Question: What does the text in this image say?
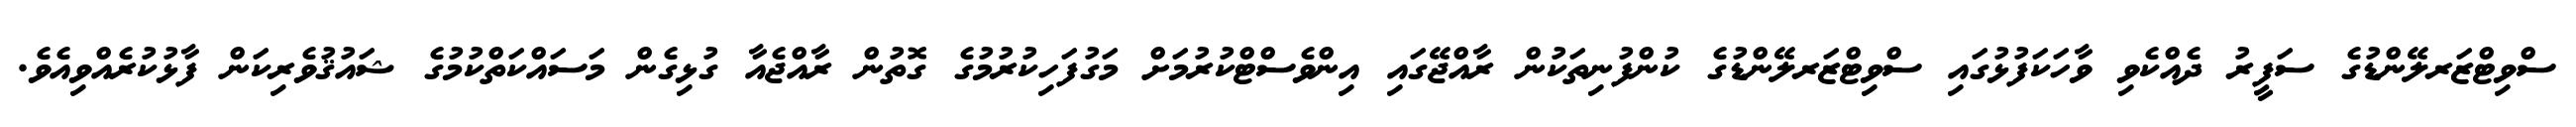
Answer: ސްވިޓްޒަރލޭންޑުގެ ސަފީރު ދެއްކެވި ވާހަކަފުޅުގައި ސްވިޓްޒަރލޭންޑުގެ ކުންފުނިތަކުން ރާއްޖޭގައި އިންވެސްޓްކުރުމަށް މަގުފަހިކުރުމުގެ ގޮތުން ރާއްޖެއާ ގުޅިގެން މަސައްކަތްކުމުގެ ޝައުޤުވެރިކަން ފާޅުކުރެއްވިއެވެ.